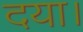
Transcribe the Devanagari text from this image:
दया।